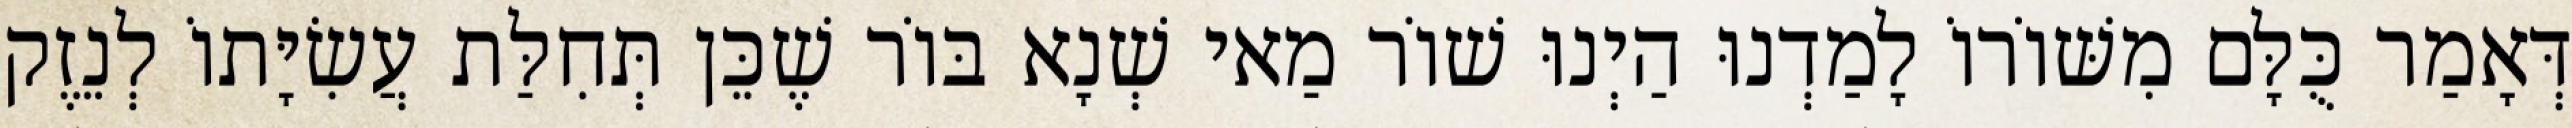
דְּאָמַר כֻּלָּם מִשּׁוֹרוֹ לָמַדְנוּ הַיְנוּ שׁוֹר מַאי שְׁנָא בּוֹר שֶׁכֵּן תְּחִלַּת עֲשִׂיָּתוֹ לְנֵזֶק